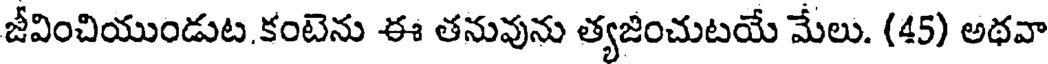
జీవించియుండుట.కంటెను ఈ తనువును త్యజించుటయే మేలు. (45) అథవా